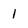
Character: 1